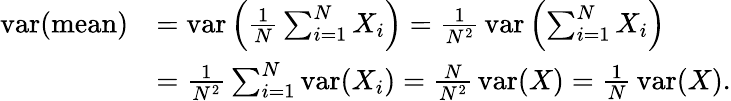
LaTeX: {\begin{array}{rl}{\operatorname{var}({\mathrm{mean}})}&{=\operatorname{var}\left({\frac{1}{N}}\sum_{i=1}^{N}X_{i}\right)={\frac{1}{N^{2}}}\operatorname{var}\left(\sum_{i=1}^{N}X_{i}\right)}\\ &{={\frac{1}{N^{2}}}\sum_{i=1}^{N}\operatorname{var}(X_{i})={\frac{N}{N^{2}}}\operatorname{var}(X)={\frac{1}{N}}\operatorname{var}(X).}\end{array}}